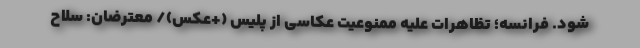
شود. فرانسه؛ تظاهرات علیه ممنوعیت عکاسی از پلیس (+عکس)/ معترضان: سلاح